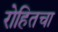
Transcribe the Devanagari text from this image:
रोहितचा